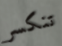
تنكسر